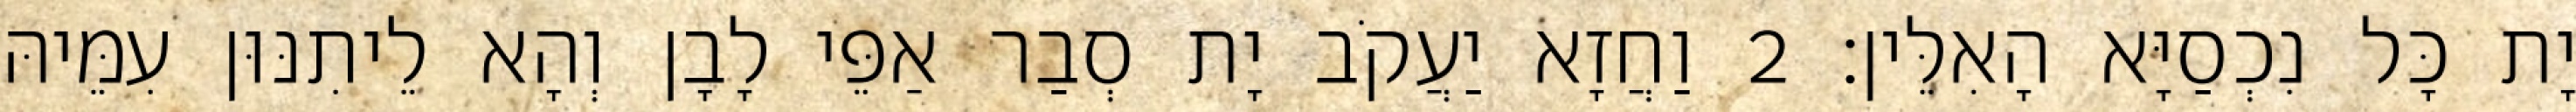
יָת כָּל נִכְסַיָּא הָאִלֵּין׃ 2 וַחֲזָא יַעֲקֹב יָת סְבַר אַפֵּי לָבָן וְהָא לֵיתִנּוּן עִמֵּיהּ